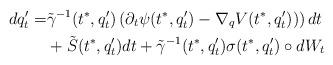
LaTeX: \begin{align*}dq^\prime_t=&\tilde\gamma^{-1}(t^*,q^\prime_t)\left(\partial_t\psi(t^*,q^\prime_t)-\nabla_qV(t^*,q^\prime_t))\right) dt\\& +\tilde S(t^*,q^\prime_t)dt+\tilde\gamma^{-1}(t^*,q^\prime_t)\sigma(t^*,q^\prime_t)\circ dW_t\end{align*}